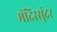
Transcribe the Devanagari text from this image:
मंदिरसुंदर